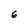
Character: 6